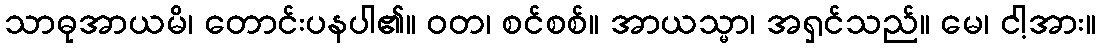
သာဓုအာယမိ၊ တောင်းပနပါ၏။ ဝတ၊ စင်စစ်။ အာယသ္မာ၊ အရှင်သည်။ မေ၊ ငါ့အား။